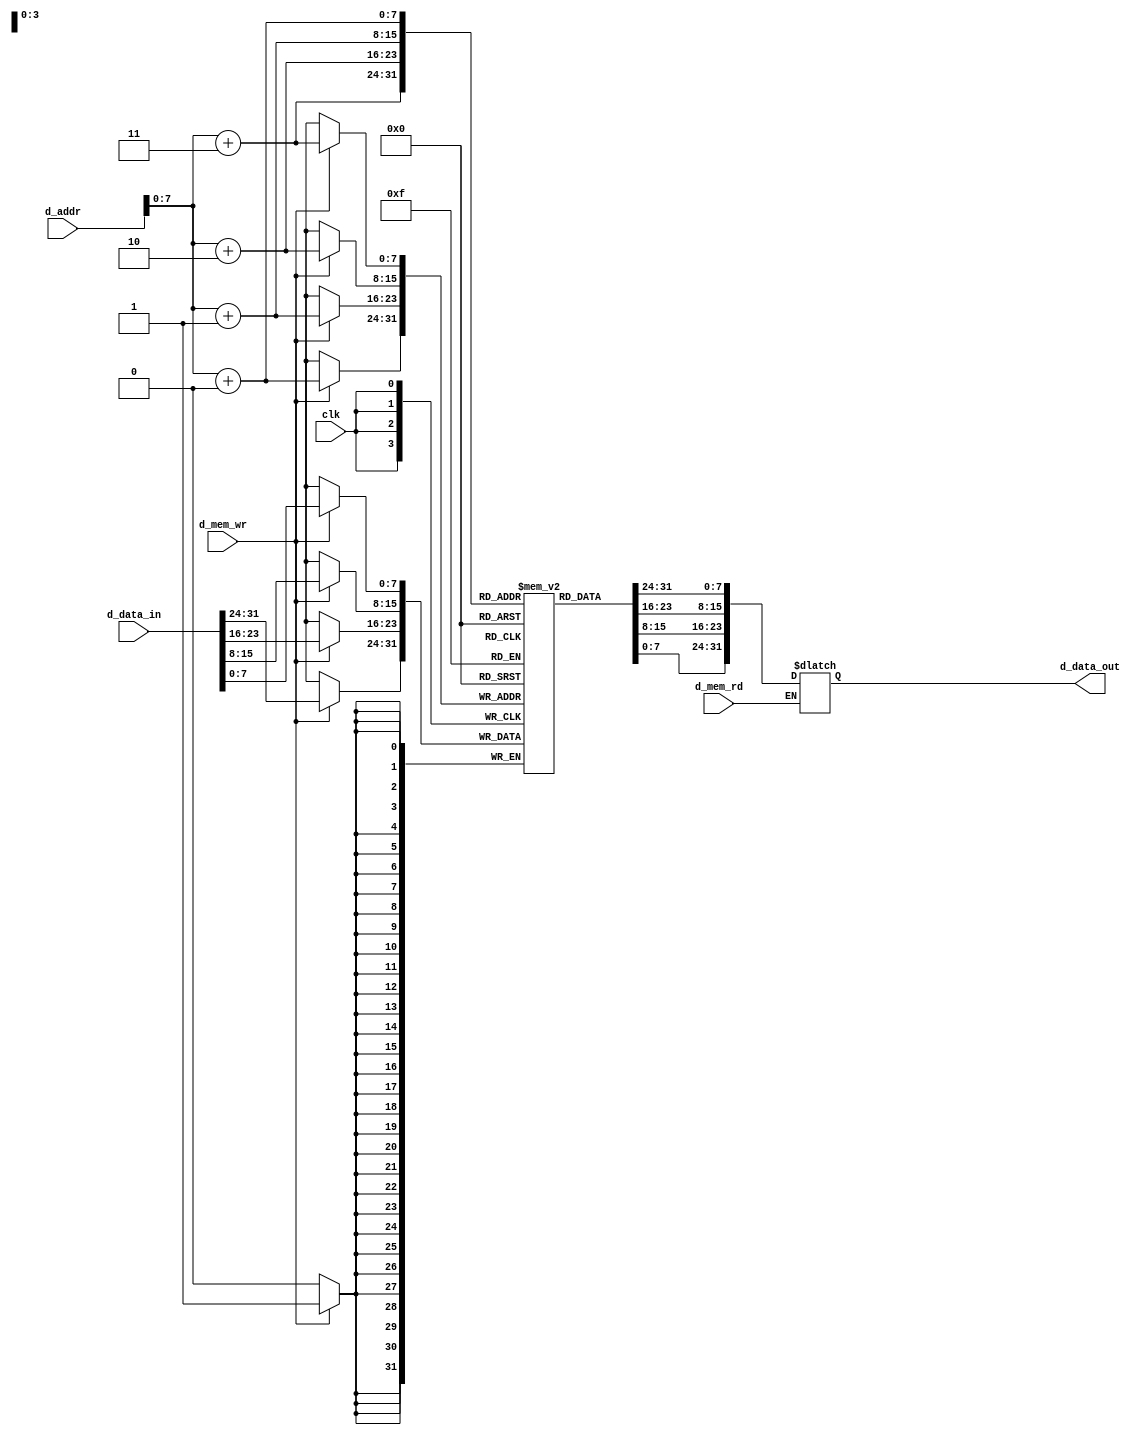
`timescale 1ns / 1ps
//////////////////////////////////////////////////////////////////////////////////
// Company: 
// Engineer: 
// 
// Design Name: 
// Module Name: d_mem
// Project Name: 
// Target Devices: 
// Tool Versions: 
// Description: 
//              
//               255  8 
//              DataMenRW 
//              <<2
// 
// Dependencies: 
// 
// Revision:
// Revision 0.01 - File Created
// Additional Comments:
// 
//////////////////////////////////////////////////////////////////////////////////


module d_mem
#(  parameter d_addr_width = 32,
    parameter d_data_width = 32
)
(
    input clk,
    input d_mem_wr,
    input d_mem_rd,
    input [d_addr_width-1:0] d_addr,
    input [d_data_width-1:0] d_data_in,
    output reg[d_data_width-1:0] d_data_out
    );
reg[7:0] mem [255:0];   // 255  8 
//
always@(negedge clk)
    if(d_mem_wr) begin
        mem[d_addr+3] <= d_data_in[7:0];
        mem[d_addr+2] <= d_data_in[15:8];
        mem[d_addr+1] <= d_data_in[23:16];
        mem[d_addr+0] <= d_data_in[31:24];
    end
//        
always@(d_mem_rd or d_addr)     //
    if(d_mem_rd) begin
        d_data_out[7:0]   = mem[d_addr+3];
        d_data_out[15:8]  = mem[d_addr+2];
        d_data_out[23:16] = mem[d_addr+1];
        d_data_out[31:24] = mem[d_addr+0];
    end
endmodule